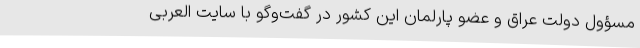
مسؤول دولت عراق و عضو پارلمان این کشور در گفت‌وگو با سایت العربی